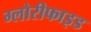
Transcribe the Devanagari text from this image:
ग्लोरीफाइड